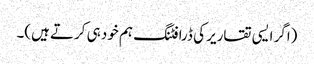
(اگر ایسی تقاریر کی ڈرافٹنگ ہم خود ہی کرتے ہیں)۔